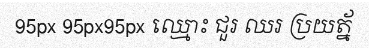
95px 95px95px ឈ្មោះ ជួរ ឈរ ប្រយត្ន័